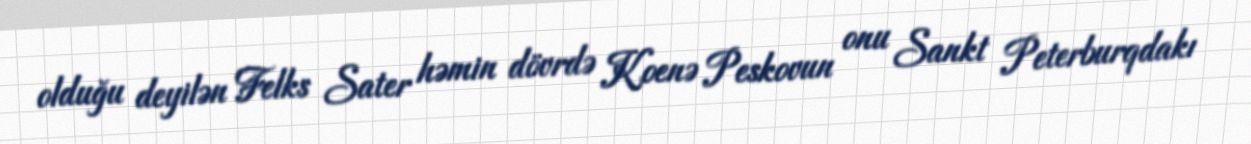
olduğu deyilən Felks Sater həmin dövrdə Koenə Peskovun onu Sankt Peterburqdakı